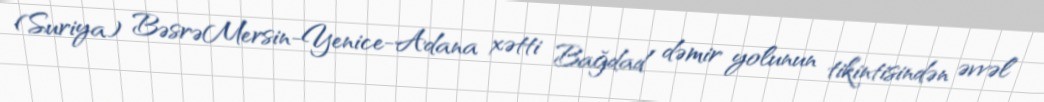
(Suriya) BəsrəMersin-Yenice-Adana xətti Bağdad dəmir yolunun tikintisindən əvvəl